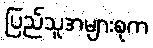
ပြည်သူအများစုက